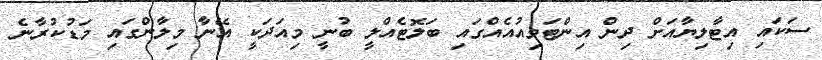
ސަކައި އިޓާލިޔާއަށް ދިން އިންޓަވިއުއެއްގައި ބަލޮޓެއްލީ ބުނީ މިއަދަކީ އޭނާ މިލާންގައި މަޑުކުރާނެ